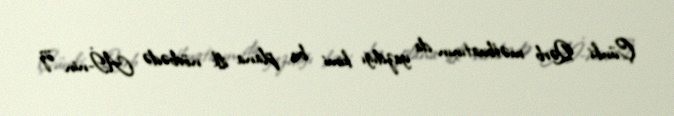
Çünki Qərb mətbuatının da yazdığı kimi bu plana ilk növbədə Aİ-nin öz